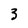
Character: 3